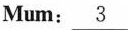
Mum:\underline{3}